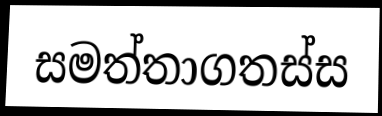
සමත්තාගතස්ස